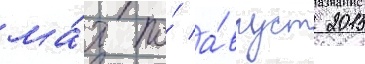
ма́я по́ а́вгуст 2015